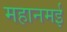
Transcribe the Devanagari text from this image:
महानमई